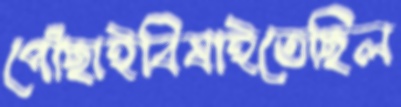
পোঁছাইবিষাইতেছিল